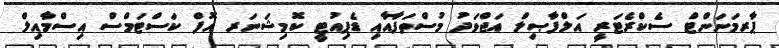
ޕާރމަނަންޓް ސެކްރެޓަރީ އަލްފާޞިލް އަޖްވަދު މުސްތަފާއާއި ޑެޕިއުޓީ ކޮމިޝަނަރ އޮފް ކަސްޓަމްސް އިސްމާއިލް